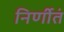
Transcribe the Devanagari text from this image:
निर्णीतं